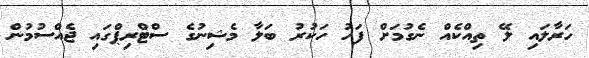
ހަރާލައި ލޭ ތިއްކެއް ނެގުމަށް ފަހު ހަކުރު ބަލާ މެޝިނުގެ ސްޓްރިޕްގައި ޖެއްސުމުން